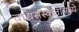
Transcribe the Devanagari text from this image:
वाद्यसंस्कृतीमध्ये